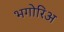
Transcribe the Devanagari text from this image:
भगोरिअ